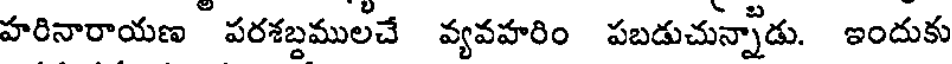
హరినారాయణ పరశబ్దములచే వ్యవహరిం పబడుచున్నాడు. ఇందుకు